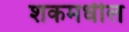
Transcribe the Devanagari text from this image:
शकमधील